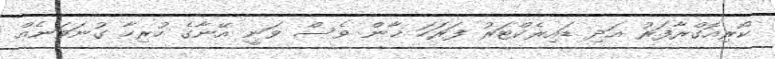
ކޯރިއޮގްރާފަރު އަދި ޑައިރެކްޓަރު ފަރަހަ ޚާން ވެސް ވަނީ އޭނާގެ ހުރިހާ ގުނަވަނެއް